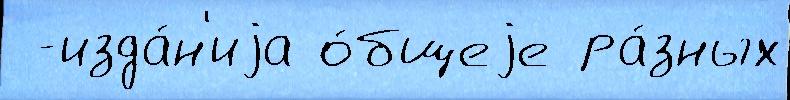
 -изда́н'иjа о́бщеjе ра́зных